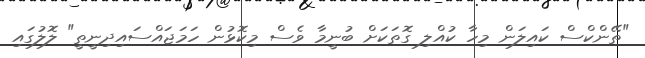
"ތޭންކްސް ކައިލަން މިހާ ކުއްލި ގޮތަކަށް ބުނީމާ ވެސް މިކޮޅުން ހަމަޖައްސައިދިނީތީ" ލޮލުގައި